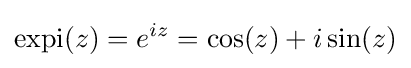
\operatorname {expi} (z)=e^{iz}=\cos(z)+i\sin(z)